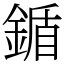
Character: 鍎